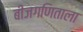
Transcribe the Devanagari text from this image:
बीजगणिताला